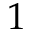
\mathsfit { 1 }